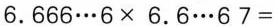
$$6 . 6 6 6 … 6 \times 6 . 6 … 6 7 =$$